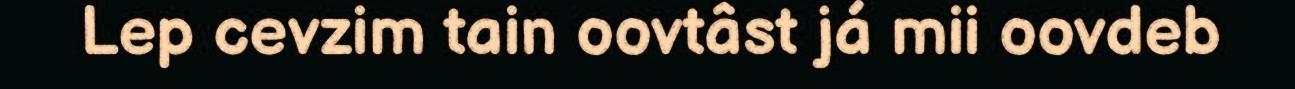
Lep cevzim tain oovtâst já mii oovdeb